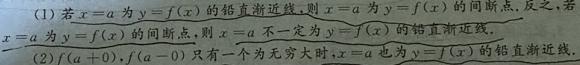
(1) 若$x = a$为$y = f(x)$的铅直渐近线, 则$x = a$为$y = f(x)$的间断点. 反之, 若$x = a$为$f(x)$的间断点, 则$x = a$不一定为$y = f(x)$的铅直渐近线.
(2) $y = f(0),f(x) \to 0$只有一个无穷大时,$x = a$也为$y = f(x)$的铅直渐近线.